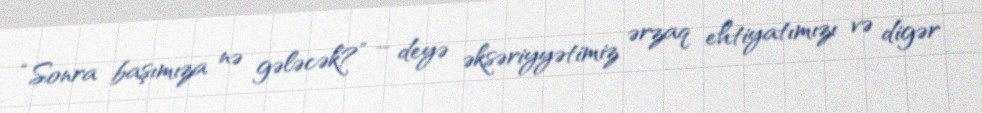
“Sonra başımıza nə gələcək?” – deyə əksəriyyətimiz ərzaq ehtiyatımızı və digər